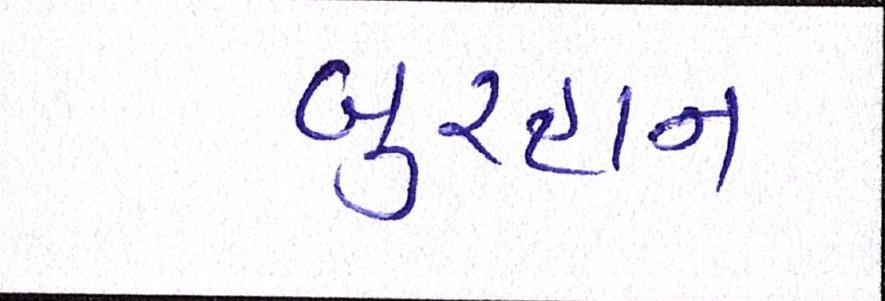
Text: બુરહાન